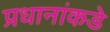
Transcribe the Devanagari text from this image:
प्रधानांकडे